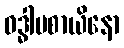
ဝဒ္ဓါပစာယိနော